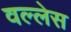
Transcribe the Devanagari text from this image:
वल्लेस